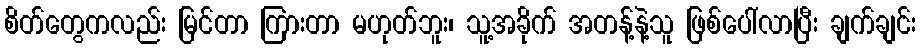
စိတ်တွေကလည်း မြင်တာ ကြားတာ မဟုတ်ဘူး၊ သူ့အခိုက် အတန့်နဲ့သူ ဖြစ်ပေါ်လာပြီး ချက်ချင်း